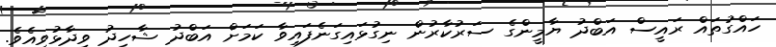
ހައްގުތައް ރައީސް އަބްދު ޔާމީންގެ ސަރުކާރުން ނިގުޅައިގަނެފައިވާ ކަމަށް އަބްދު ޝާހިދު ވިދާޅުވިއެވެ.